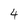
Character: 4